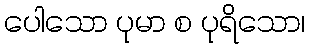
ပေါသော ပုမာ စ ပုရိသော၊